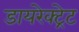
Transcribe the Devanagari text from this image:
डायरेक्ट्रेट